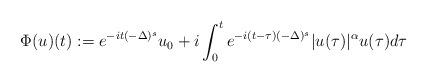
LaTeX: \begin{align*}\Phi(u)(t):= e^{-it(-\Delta)^s} u_0 + i \int_0^t e^{-i(t-\tau)(-\Delta)^s} |u(\tau)|^\alpha u(\tau) d\tau\end{align*}